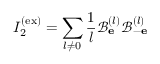
I _ { 2 } ^ { \mathrm { ( e x ) } } = \sum _ { l \neq 0 } \frac { 1 } { l } \mathcal { B } _ { \bf e } ^ { ( l ) } \mathcal { B } _ { - \bf e } ^ { ( l ) }